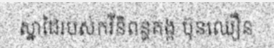
ស្នាដៃរបស់កវីនិពន្ធគង្គ ប៊ុនឈឿន